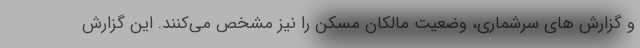
و گزارش های سرشماری، وضعیت مالکان مسکن را نیز مشخص می‌کنند. این گزارش